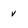
Character: V